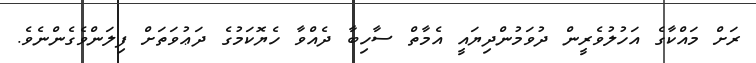
ރަށް މައްކާގެ އަހުލުވެރީން ދުވަމުންދިޔައީ އެމާތް ސާހިބާ ދެއްވާ ހެޔޮކަމުގެ ދަޢުވަތަށް ފިލަންވެގެންނެވެ.